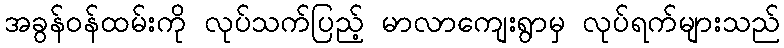
အခွန်ဝန်ထမ်းကို လုပ်သက်ပြည့် မာလာကျေးရွာမှ လုပ်ရက်များသည်